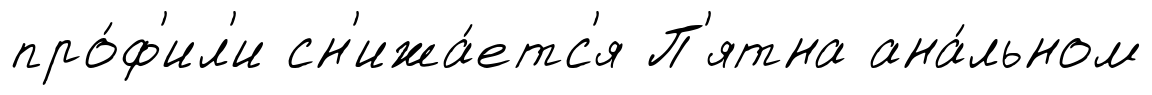
про́ф'ил'и сн'ижа́етс'я П'ятна ана́льном